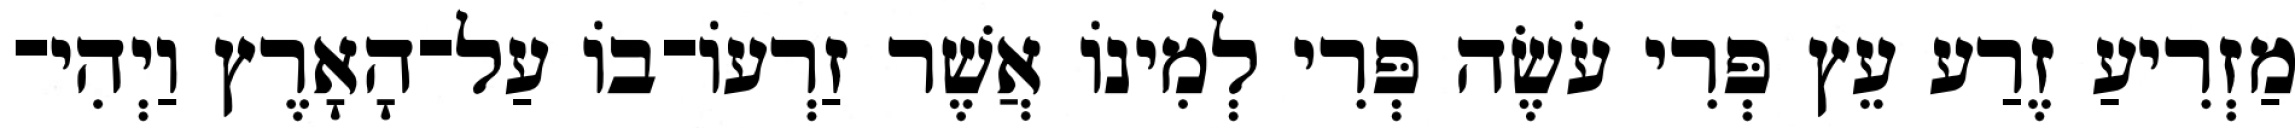
מַזְרִיעַ זֶרַע עֵץ פְּרִי עֹשֶׂה פְּרִי לְמִינֹו אֲשֶׁר זַרְעֹו־בֹו עַל־הָאָרֶץ וַיְהִי־